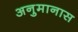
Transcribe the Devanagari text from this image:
अनुमानास